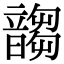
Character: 䪮